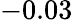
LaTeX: -0.03